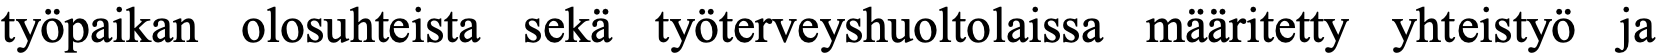
työpaikan olosuhteista sekä työterveyshuoltolaissa määritetty yhteistyö ja